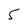
Character: 5